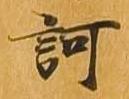
訶